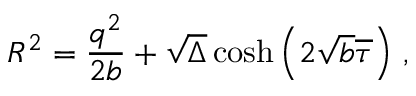
R ^ { 2 } = \frac { q ^ { 2 } } { 2 b } + \sqrt { \Delta } \cosh \left( 2 \sqrt { b } \overline { { { \tau } } } \right) \, ,